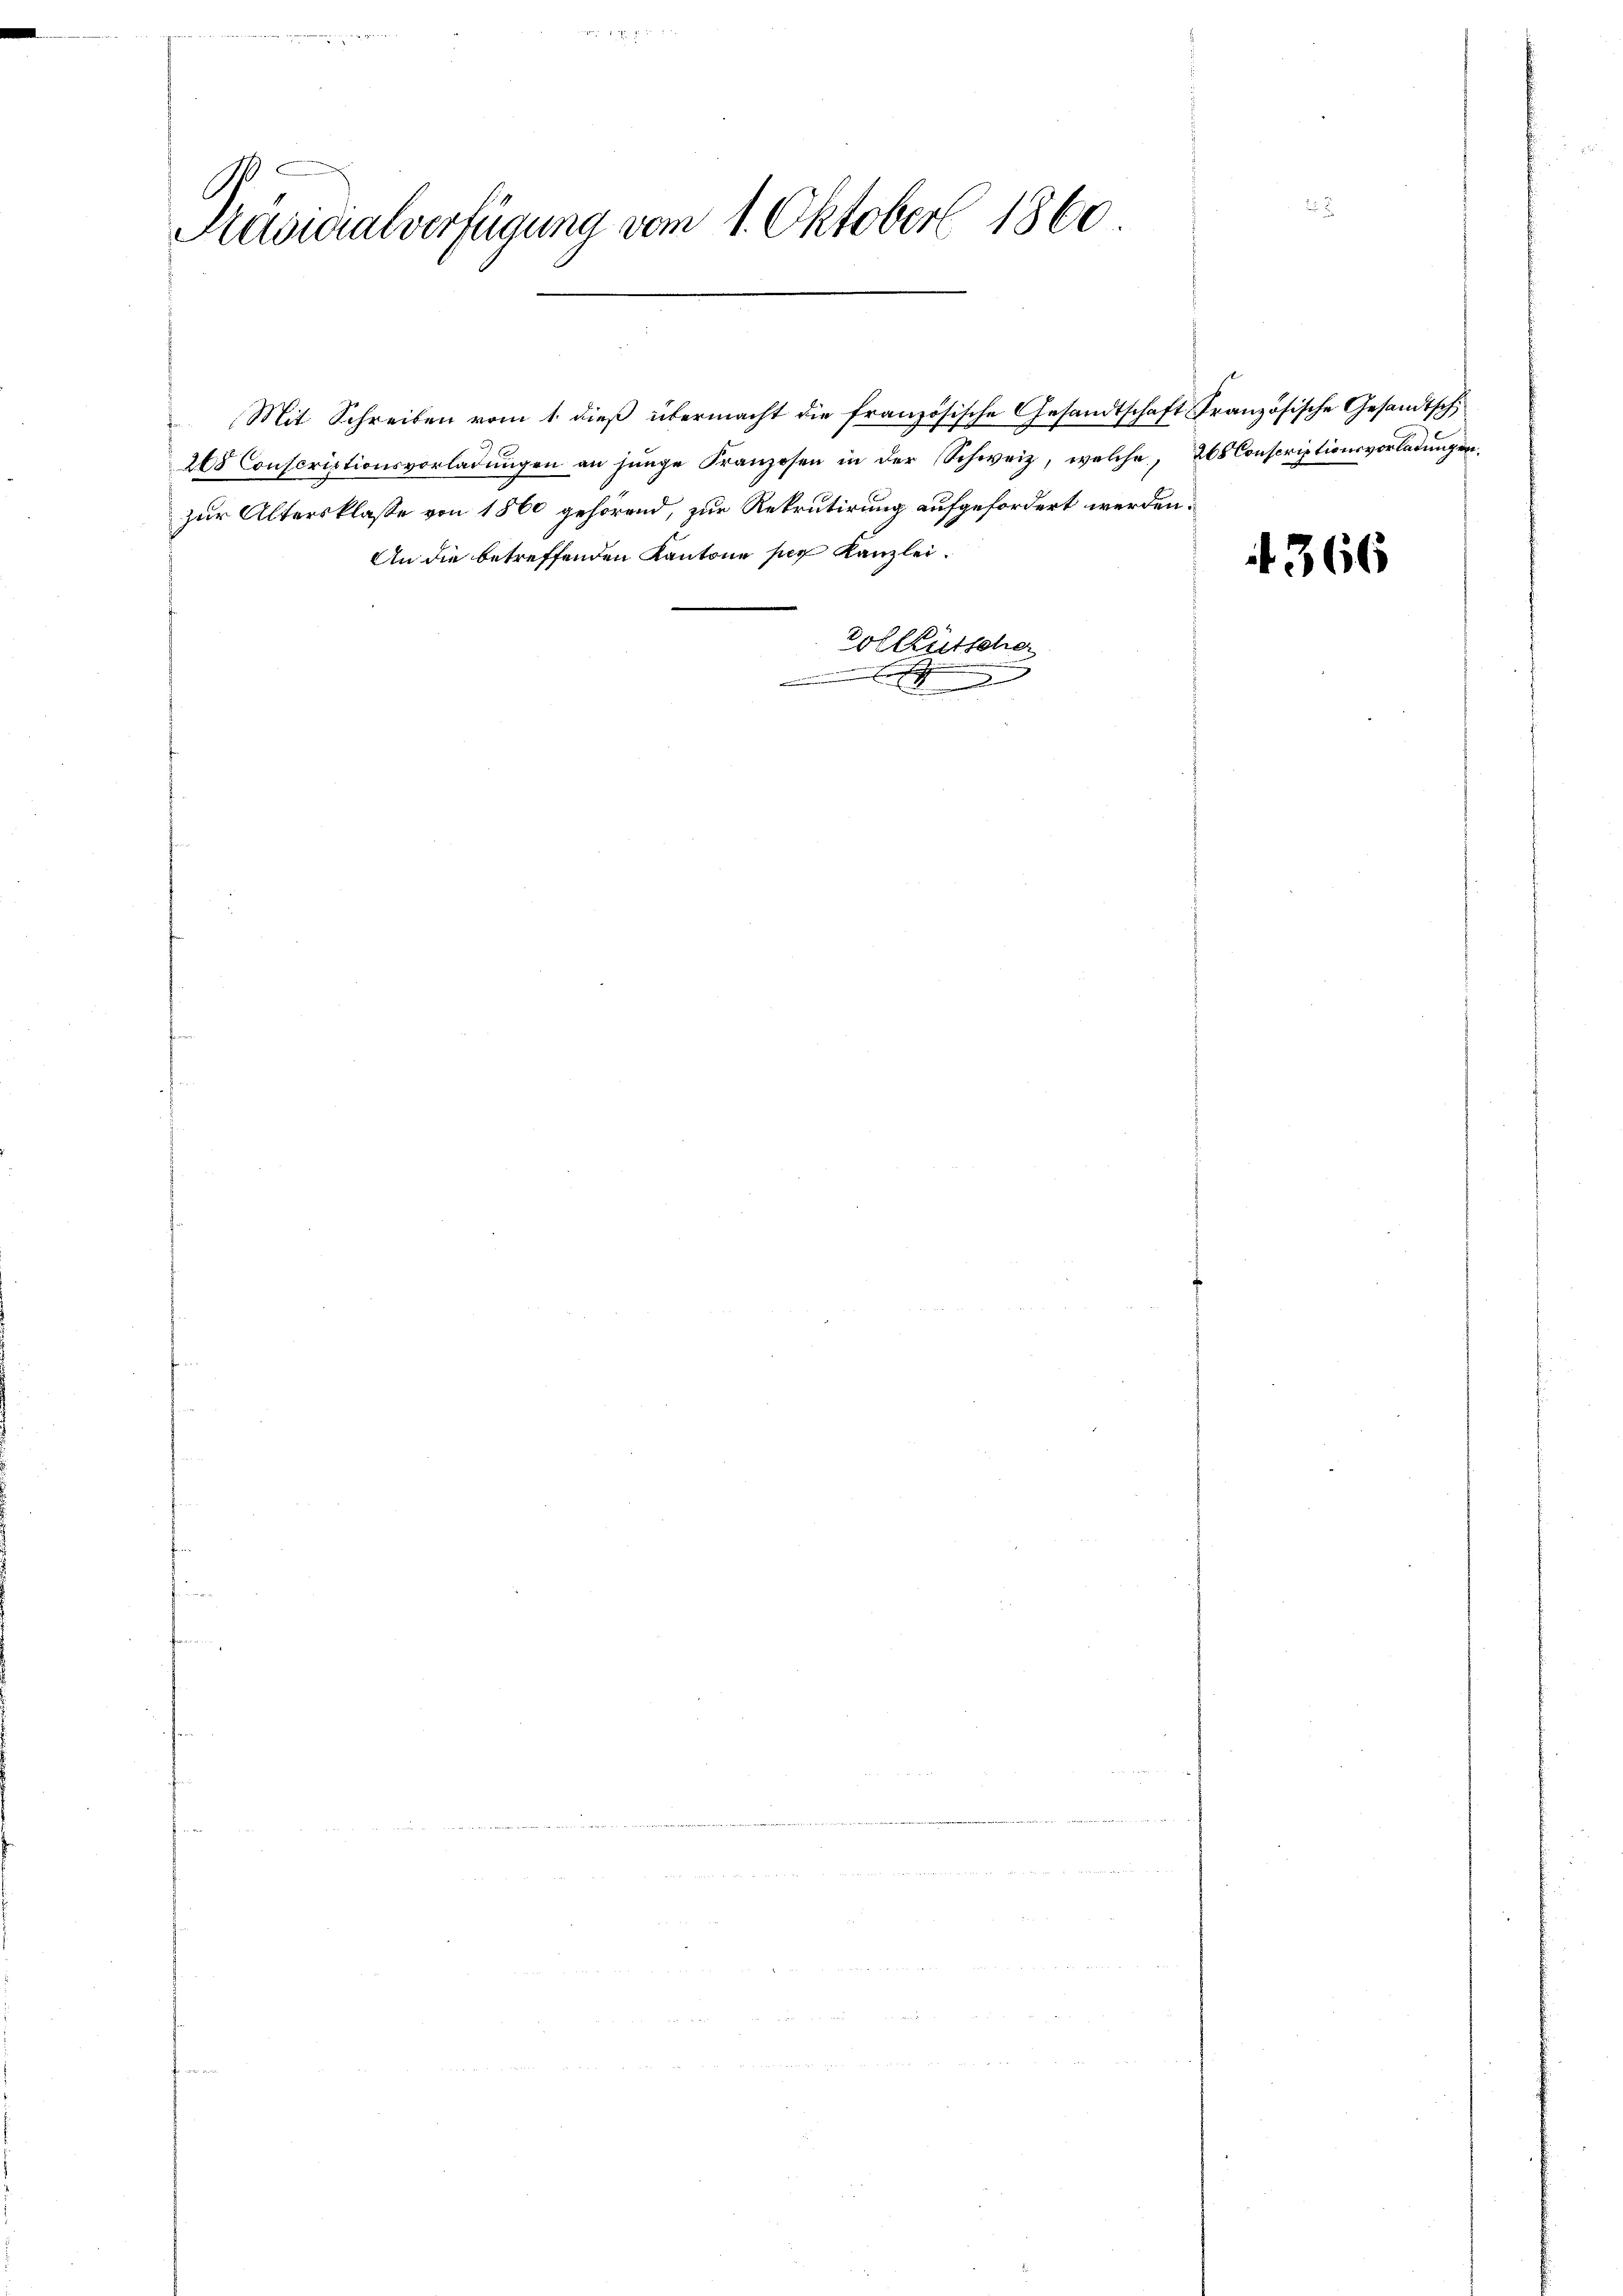
Präsidialverfügung vom 1. Oktober 1860

Mit Schreiben vom 1. dieß übermacht die französische Gesandtschaft Französische Gesandtsch,
268 Conscriptionsvorladungen an junge Franzosen in der Schweiz, welche, 208 Conscriptionsvorladungen,
zur Altersklasse von 1860 gehörend, zur Rekrutirung aufgefordert werden.
An die betreffenden Kantone per Kanzlei.
zolltütsche
.

366